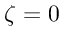
\zeta = 0